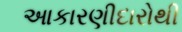
આકારણીદારોથી